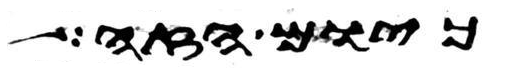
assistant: כיום הזה